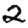
Digit: 2